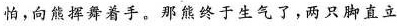
怕，向熊挥舞着手。那熊终于生气了，两只脚直立